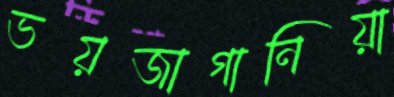
ভয়জাগানিয়া